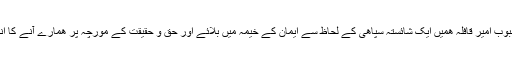
واقعاً اگر ملک کا مھربان حاکم اور محبوب امیر قافلہ ھمیں ایک شائستہ سپاھی کے لحاظ سے ایمان کے خیمہ میں بلائے اور حق و حقیقت کے مورچہ پر ھمارے آنے کا انتظار کرے تو پھر ھمیں کیسا لگے گا؟